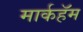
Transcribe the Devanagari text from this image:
मार्कहॅम